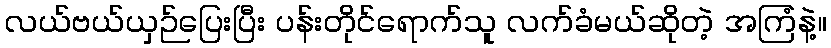
လယ်ဗယ်ယှဉ်ပြေးပြီး ပန်းတိုင်ရောက်သူ လက်ခံမယ်ဆိုတဲ့ အကြံနဲ့။